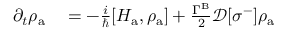
\begin{array} { r l } { \partial _ { t } \rho _ { \mathrm { a } } } & { { } = - \frac { i } { \hbar } [ H _ { \mathrm { a } } , \rho _ { \mathrm { a } } ] + \frac { \Gamma ^ { \mathrm { B } } } { 2 } \mathcal { D } [ \sigma ^ { - } ] \rho _ { \mathrm { a } } } \end{array}